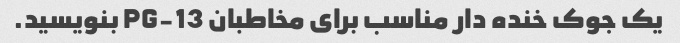
یک جوک خنده دار مناسب برای مخاطبان PG-13 بنویسید.